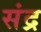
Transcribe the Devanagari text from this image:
संद्र